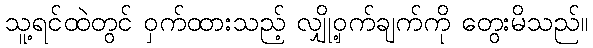
သူ့ရင်ထဲတွင် ဝှက်ထားသည့် လျှို့ဝှက်ချက်ကို တွေးမိသည်။